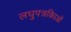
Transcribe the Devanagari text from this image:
लघुपत्रकिाओं